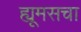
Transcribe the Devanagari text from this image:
ह्यूमसचा